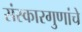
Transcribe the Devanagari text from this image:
संस्कारगुणांचे